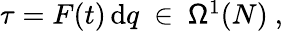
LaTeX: \begin{array}{r}{\tau=F(t)\, \mathrm{d}q\ \in\ \mathsf{\Omega}^{1}(N)\ ,}\end{array}